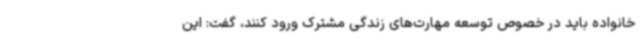
خانواده باید در خصوص توسعه مهارت‌های زندگی مشترک ورود کنند، گفت: این